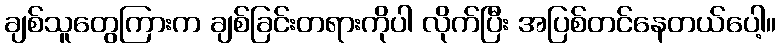
ချစ်သူတွေကြားက ချစ်ခြင်းတရားကိုပါ လိုက်ပြီး အပြစ်တင်နေတယ်ပေါ့။